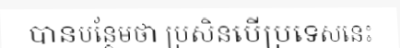
បានបន្ថែមថា ប្រសិនបើប្រទេសនេះ